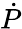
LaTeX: \dot{P}